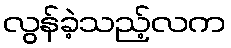
လွန်ခဲ့သည့်လက